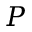
\mathcal Ḋ P Ḍ